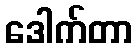
ဒေါက်တာ